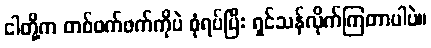
ငါတို့က တစ်ဖက်ဖက်ကိုပဲ စုံရပ်ပြီး ရှင်သန်လိုက်ကြတာပါပဲ။